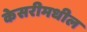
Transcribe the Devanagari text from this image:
केसरीमधील